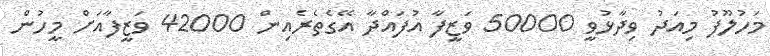
މަހުލޫފު މިއަދު ވިދާޅުވީ 50000 ވަޒީފާ އުފައްދާ އޭގެތެރެއިން 42000 ވަޒީފާއަށް މީހުން